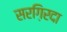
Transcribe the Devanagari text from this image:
सरग़िरदा